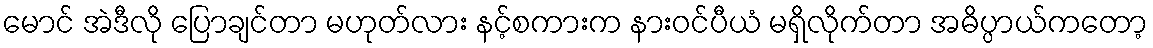
မောင် အဲဒီလို ပြောချင်တာ မဟုတ်လား နင့်စကားက နားဝင်ပီယံ မရှိလိုက်တာ အဓိပ္ပာယ်ကတော့